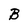
Character: B